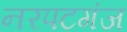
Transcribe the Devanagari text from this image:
नरपटगंज